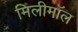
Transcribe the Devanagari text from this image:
मिलीमॉल